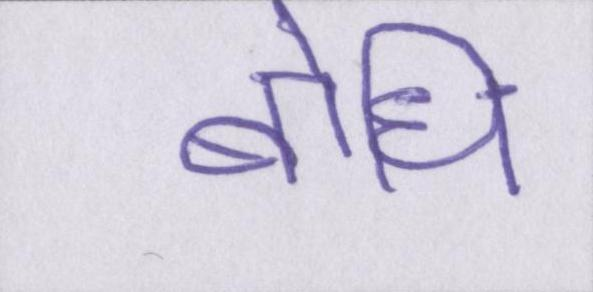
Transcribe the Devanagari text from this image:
बोधि